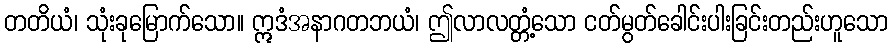
တတိယံ၊ သုံးခုမြောက်သော။ ဣဒံအနာဂတဘယံ၊ ဤလာလတ္တံ့သော ငတ်မွတ်ခေါင်းပါးခြင်းတည်းဟူသော